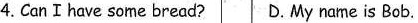
4.Can I hace some bread? D.My name is Bob.